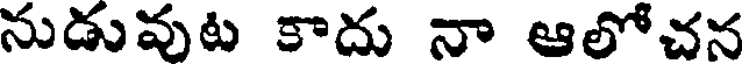
నుడువుట కాదు నా ఆలోచన